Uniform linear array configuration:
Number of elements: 8
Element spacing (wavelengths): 0.75
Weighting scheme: blackman
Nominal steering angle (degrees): -60
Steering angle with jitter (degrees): -61.767
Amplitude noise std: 0.05
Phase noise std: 0.05

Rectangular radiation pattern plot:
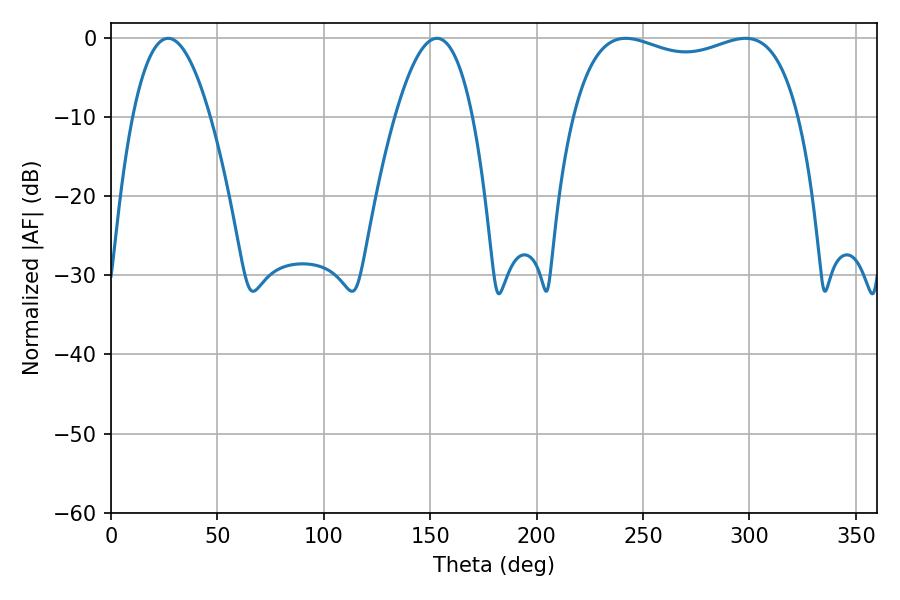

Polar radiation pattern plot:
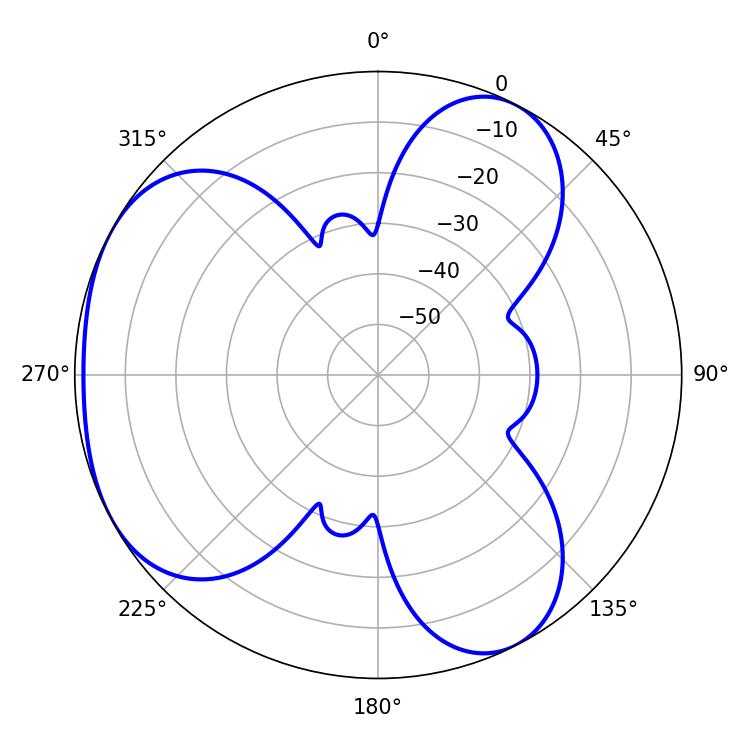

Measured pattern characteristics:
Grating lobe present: TRUE
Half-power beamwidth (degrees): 19.98
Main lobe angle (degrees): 26.82